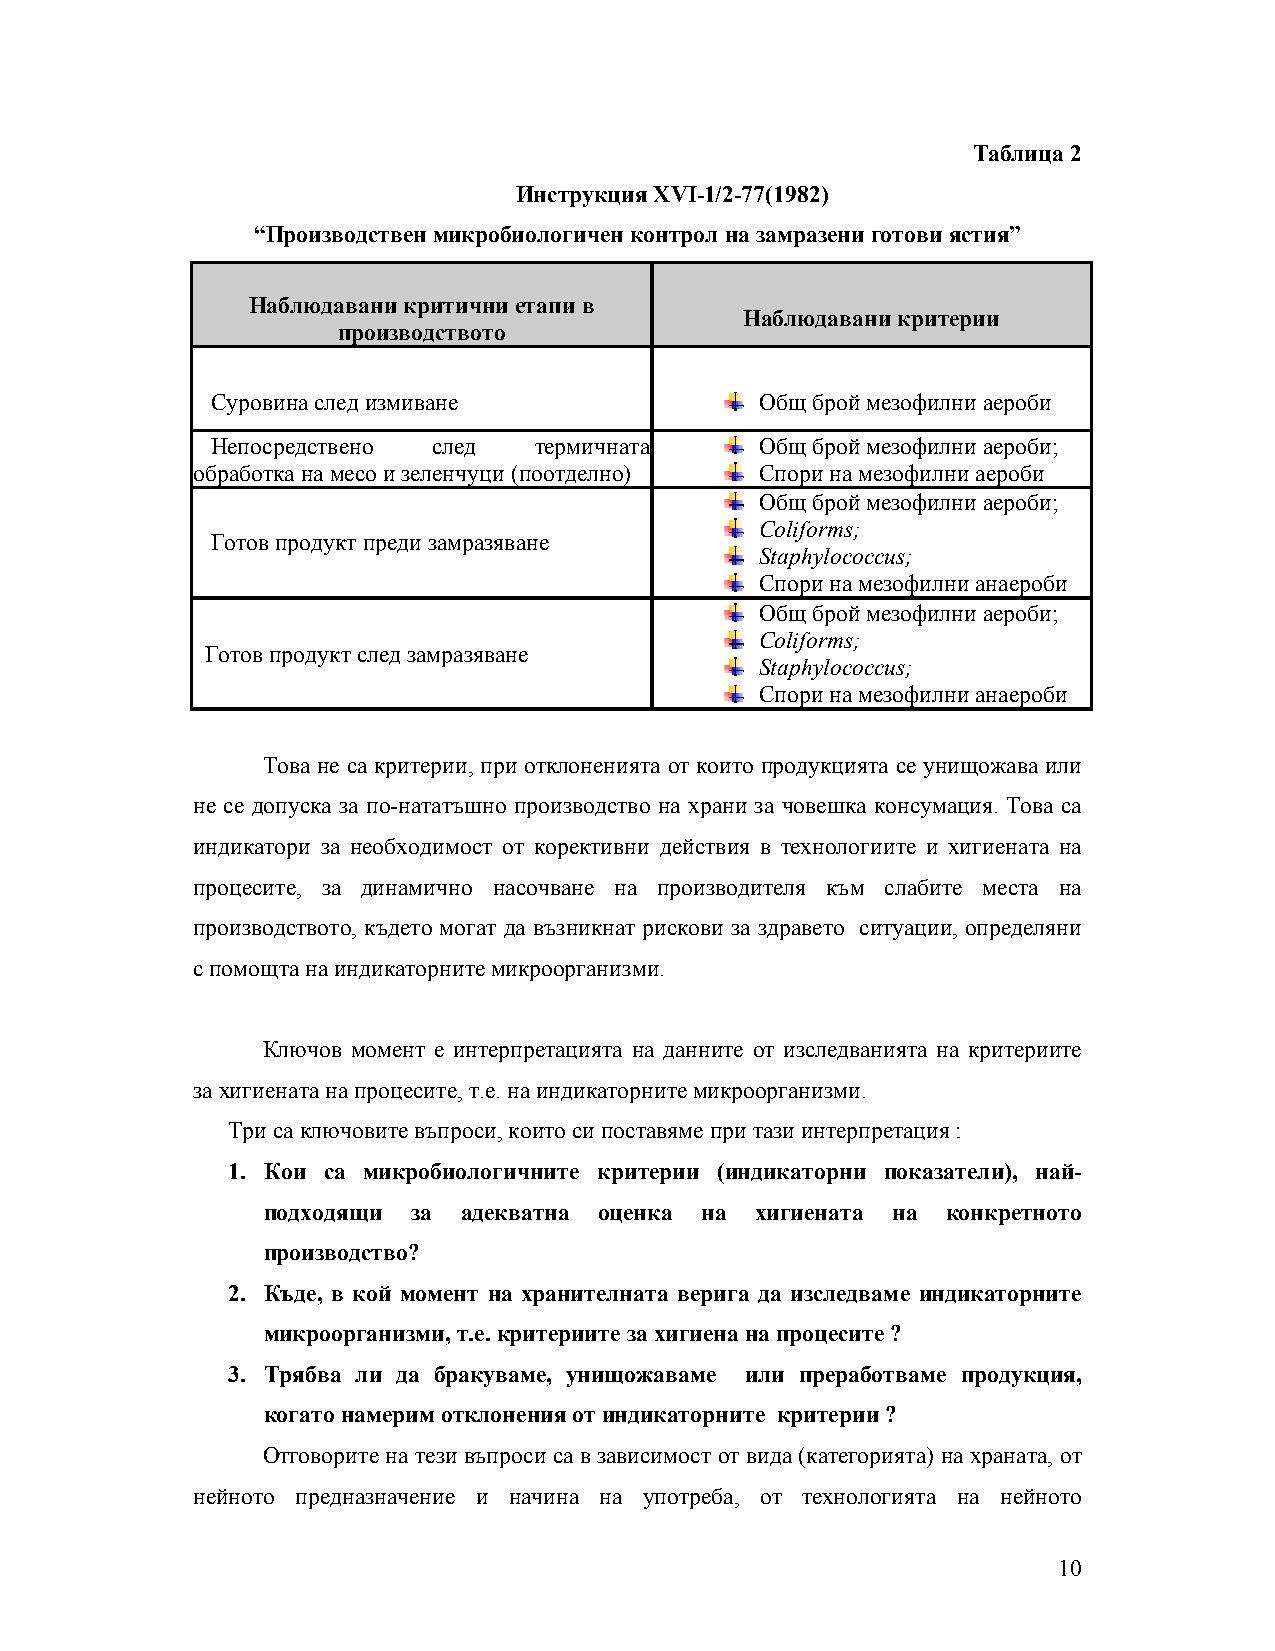
Таблица 2
 Инструкция ХVІ-1/2-77(1982)
 “Производствен микробиологичен контрол на замразени готови ястия”
 Наблюдавани критични етапи в
 Наблюдавани критерии
 производството
 Суровина след измиване              Общ брой мезофилни аероби
 Непосредствено след  термичната     Общ брой мезофилни аероби;
 обработка на месо и зеленчуци (поотделно) Спори на мезофилни аероби
 Общ брой мезофилни аероби;
 Coliforms;
 Готов продукт преди замразяване
 Staphylococcus;
 Спори на мезофилни анаероби
 Общ брой мезофилни аероби;
 Coliforms;
 Готов продукт след замразяване
 Staphylococcus;
 Спори на мезофилни анаероби
 Това не са критерии, при отклоненията от които продукцията се унищожава или
 не се допуска за по-нататъшно производство на храни за човешка консумация. Това са
 индикатори за необходимост от корективни действия в технологиите и хигиената на
 процесите, за динамично насочване на производителя към слабите места на
 производството, където могат да възникнат рискови за здравето ситуации, определяни
 с помощта на индикаторните микроорганизми.
 Ключов момент е интерпретацията на данните от изследванията на критериите
 за хигиената на процесите, т.е. на индикаторните микроорганизми.
 Три са ключовите въпроси, които си поставяме при тази интерпретация :
 1. Кои са микробиологичните критерии (индикаторни показатели), най-
 подходящи за адекватна оценка на хигиената на конкретното
 производство?
 2. Къде, в кой момент на хранителната верига да изследваме индикаторните
 микроорганизми, т.е. критериите за хигиена на процесите ?
 3. Трябва ли да бракуваме, унищожаваме или преработваме продукция,
 когато намерим отклонения от индикаторните критерии ?
 Отговорите на тези въпроси са в зависимост от вида (категорията) на храната, от
 нейното предназначение и начина на употреба, от технологията на нейното
 10